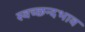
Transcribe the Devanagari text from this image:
स्वच्छन्दभाव